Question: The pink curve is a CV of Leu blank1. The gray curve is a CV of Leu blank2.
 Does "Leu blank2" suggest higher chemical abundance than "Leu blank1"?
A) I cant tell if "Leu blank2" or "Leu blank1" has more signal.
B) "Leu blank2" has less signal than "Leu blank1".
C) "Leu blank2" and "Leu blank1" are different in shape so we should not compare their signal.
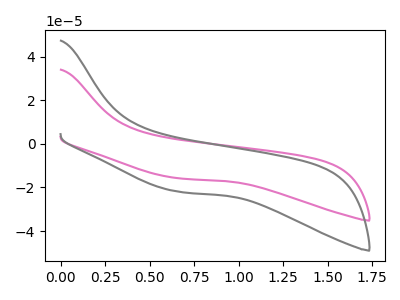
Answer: <think>The pink curve "Leu blank1" has no peaks. The gray curve "Leu blank2" has no peaks.
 Neither "Leu blank2" or "Leu blank1" have any peaks.</think>
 <answer>A) I cant tell if "Leu blank2" or "Leu blank1" has more signal.</answer>
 <eval>A</eval>